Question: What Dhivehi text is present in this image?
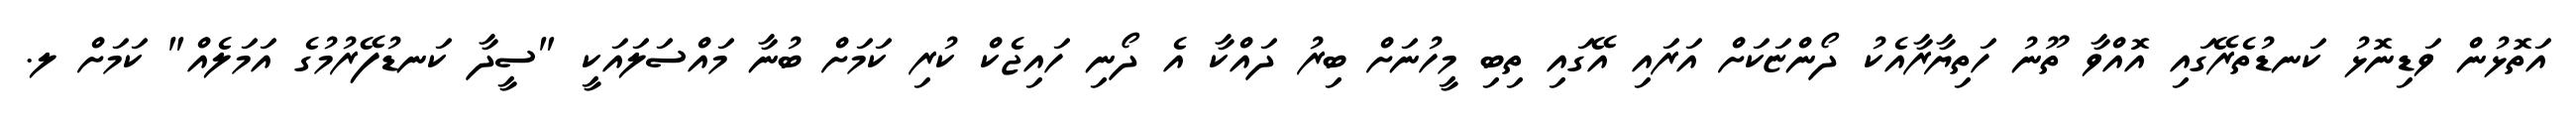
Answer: އަތޮޅުން ވަޑިނޮޅު ކަނޑުތެރޭގައި އޮއްވާ ތޫނު ހަތިޔާރާއެކު ދޯންޏަކަށް އަރައި އޭގައި ތިބި މީހުނަށް ބިރު ދައްކާ އެ ދޯނި ހައިޖެކް ކުރި ކަމަށް ބުނާ މައްސަލައަކީ "ސީދާ ކަނޑުފޭރުމުގެ އަމަލެއް" ކަމަށް ލ.